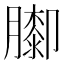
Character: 𦡩